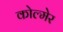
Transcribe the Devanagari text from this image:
कोल्मेर